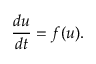
\frac { d u } { d t } = f ( u ) .